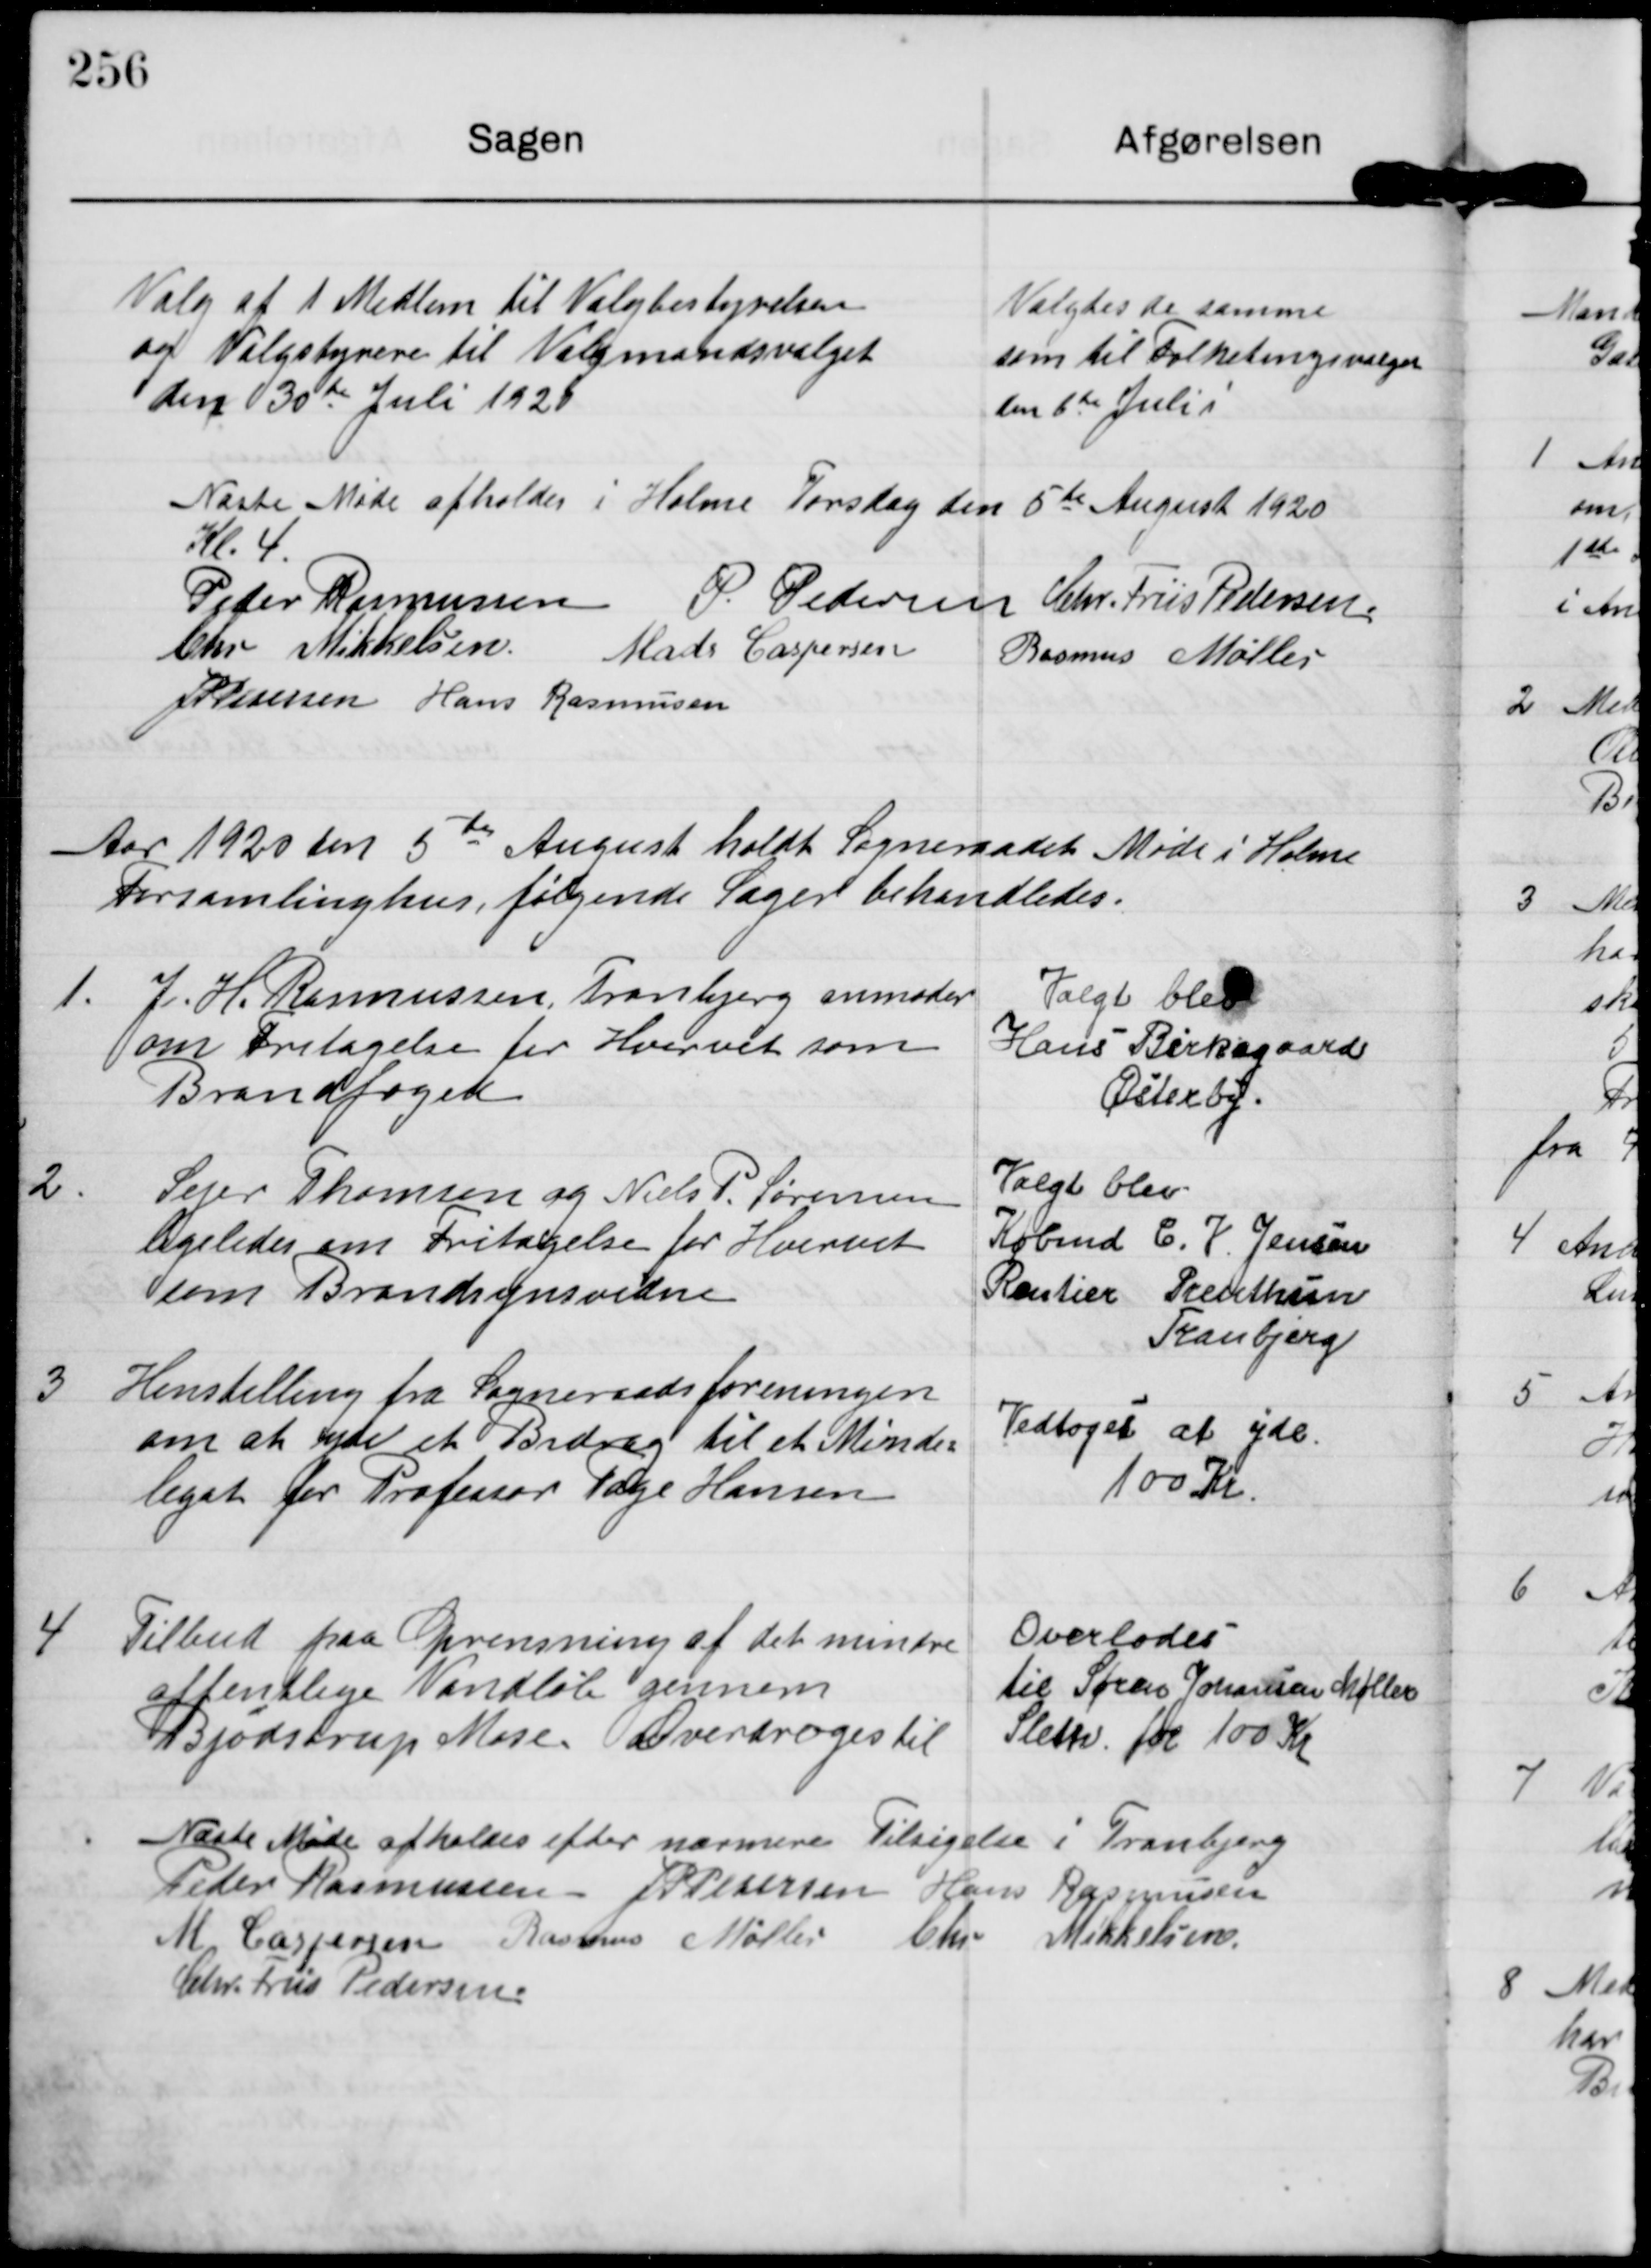
Transskription:
Valg af 1 Medlem til Valgbestyrelsen
om Valgstyrere til Valgmandsvalget
den 30te Juli 1920

Valgtes de samme
som til Folketingsvalget
den 6te Juli

Næste Møde afholdes i Holme Torsdag den 5te August 1920
Kl. 4.

Peder Rasmussen P. Pedersen Chr. Friis Pedersen
Chr Mikkelsen Mads Caspersen Rasmus Møller
J P Pedersen Hans Rasmussen

Aar 1920 den 5te August holdt Sogneraadet Møde i Holme
Forsamlinghus, følgende Sager behandledes.

1.

J. H. Rasmussen, Tranbjerg anmoder
om Fritagelse for Hvervet som
Brandfoged

Valgt blev
Hans Birkegaard
Østerby.

2

Sejer Thomsen og Niels P. Sørensen
ligeledes om Fritagelse for Hvervet
som Brandsynsvidne

Valgt blev
Købmd C. J. Jensen
Rentier Prenthun
Tranbjerg

3

Henstilling fra Sogneraadsforeningen
om at yde et Bidrag til et Minde-
legat for Professor Tage Hansen

Vedtoges at yde
100 Kr

4

Tilbud paa Oprensning af det mindre
offentlige Vandløb gennem
Bjødstrup Mose. Overdroges til

Overlodes
til Søren Johansen Møller
Sleth for 100 Kr

Næste Møde afholdes efter nærmere Tilsigelse i Tranbjerg

Peder Rasmussen J P Petersen Hans Rasmussen
M Caspersen Rasmus Møller Chr. Mikkelsen
Chr. Friis Pedersen